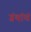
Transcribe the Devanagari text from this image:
ग्रंथांचं